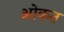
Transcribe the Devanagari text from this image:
ओकत